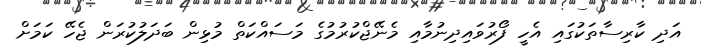
އަދި ކާރިސާތަކުގައި އެހީ ފޯރުވައިދިނުމާއި މެނޭޖްކުރުމުގެ މަސައްކަތް މުޅިން ބަދަލުކުރަން ޖެހޭ ކަމަށް